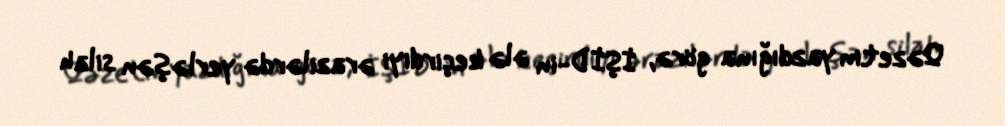
Qəzetin yazdığına görə, İŞİD-in ələ keçirdiyi ərazilərdə yerləşən silah